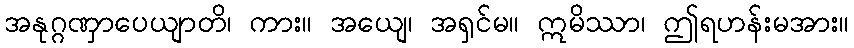
အနုဂ္ဂဏှာပေယျာတိ၊ ကား။ အယျေ၊ အရှင်မ။ ဣမိဿာ၊ ဤရဟန်းမအား။